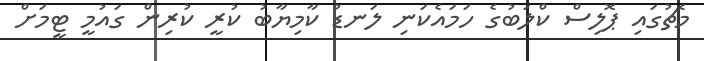
މެޗުގައި ޕޮލިސް ކްލަބުގެ ހަމައެކަނި ލަނޑު ކާމިޔާބު ކުރީ ކުރިން ގައުމީ ޓީމަށް